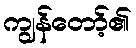
ကျွန်တော့်၏